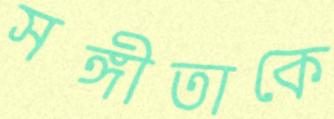
সঙ্গীতাকে